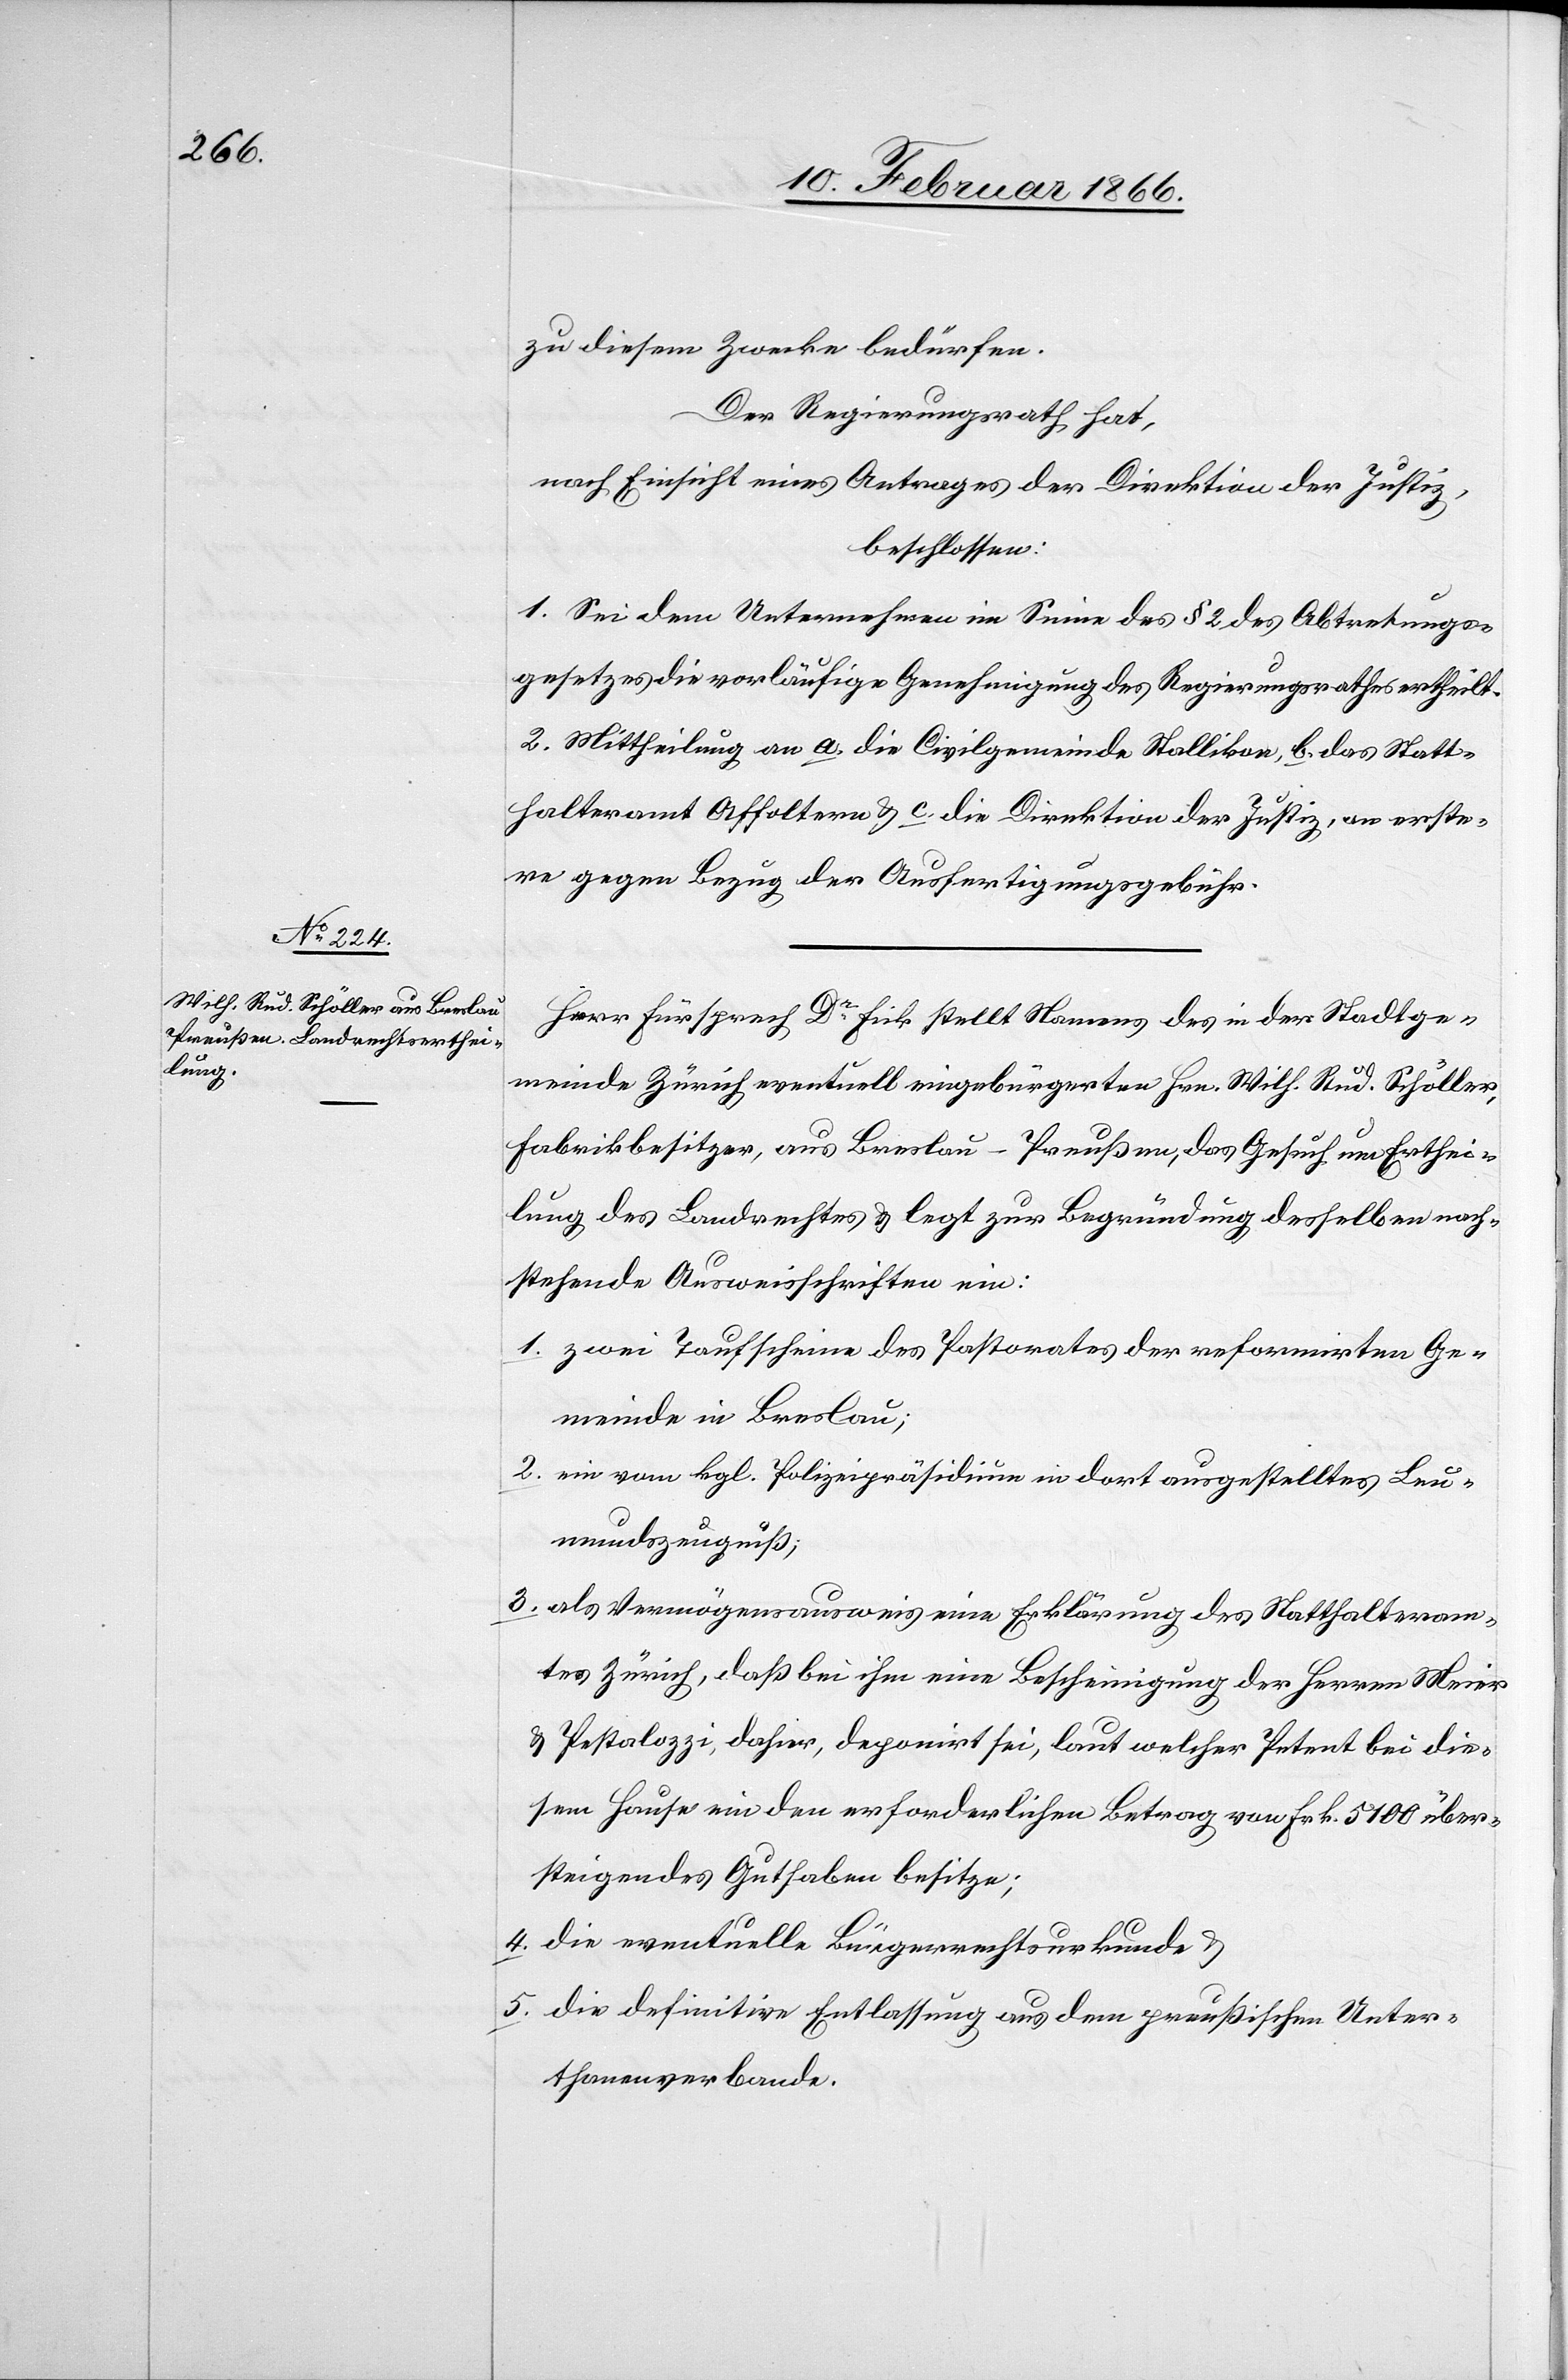
zu diesem Zwecke bedürfe.
Der Regierungsrath hat,
nach Einsicht eines Antrages der Direktion der Justiz,
beschlossen:
1. Sei dem Unternehmen im Sinne des § 2 des Abtretungs¬
gesetzes die vorläufige Genehmigung des Regierungsrathes ertheilt.
2. Mittheilung an a. die Civilgemeinde Stallikon, b. das Statt¬
halteramt Affoltern u. c. die Direktion der Justiz, an erste¬
re gegen Bezug der Ausfertigungsgebühr.
Herr Fürsprech Dr. Eick stellt Namens des in der Stadtge¬
meinde Zürich eventuell eingebürgerten Hrn. Wilh. Rud. Schöller,
Fabrikbesitzer, aus Breslau–Preußen, das Gesuch um Erthei¬
lung des Landrechtes u. legt zur Begründung desselben nach¬
stehende Ausweisschriften bei:
1. zwei Taufscheine des Pastorales der reformirten Ge¬
meinde in Breslau;
2. ein vom kgl. Polizeipräsidium in dort ausgestelltes Leu¬
mundszeugnis;
3. als Vermögensausweis eine Erklärung des Statthalteram¬
tes Zürich, daß bei ihm eine Bescheinigung der Herren Meier
u. Pestalozzi, dahier, deponirt sei, laut welcher Petent bei die¬
sem Hause ein den erforderlichen Betrag von Fr. 5100 über¬
steigendes Guthaben besitze;
4. die eventuelle Bürgerrechtsurkunde u.
5. die definitive Entlassung aus dem preußischen Unter¬
thanenverbande.